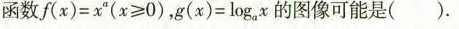
函数$$f(x)=x^{a}(x≥0)$$$$g(x)=\log_{a}{x}$$的图像可能是 ( )。